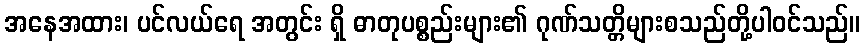
အနေအထား၊ ပင်လယ်ရေ အတွင်း ရှိ ဓာတုပစ္စည်းများ၏ ဂုဏ်သတ္တိများစသည်တို့ပါဝင်သည်။